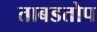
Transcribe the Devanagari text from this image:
ताबडतोप